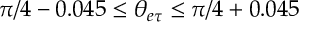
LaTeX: \pi / 4 - 0 . 0 4 5 \leq \theta _ { e \tau } \leq \pi / 4 + 0 . 0 4 5